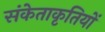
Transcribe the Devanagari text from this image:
संकेताकृतियों